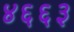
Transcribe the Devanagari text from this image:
४६६३